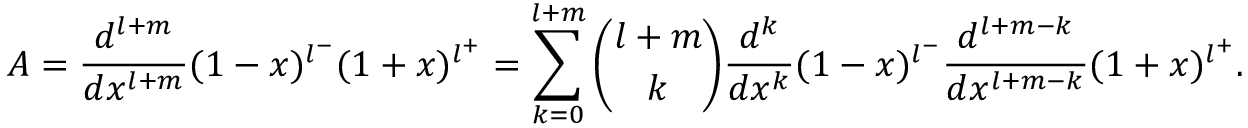
A = \frac { d ^ { l + m } } { d x ^ { l + m } } ( 1 - x ) ^ { l ^ { - } } ( 1 + x ) ^ { l ^ { + } } = \sum _ { k = 0 } ^ { l + m } { \binom { l + m } { k } } \frac { d ^ { k } } { d x ^ { k } } ( 1 - x ) ^ { l ^ { - } } \frac { d ^ { l + m - k } } { d x ^ { l + m - k } } ( 1 + x ) ^ { l ^ { + } } .